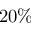
2 0 \%